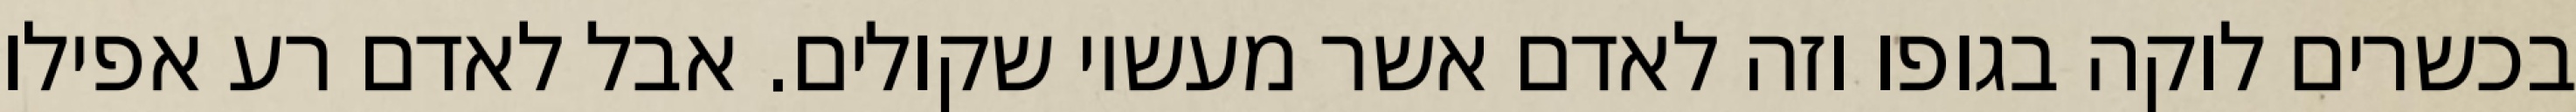
בכשרים לוקה בגופו וזה לאדם אשר מעשיו שקולים. אבל לאדם רע אפילו